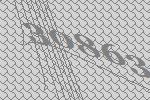
30863